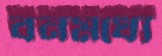
বনমধ্যে